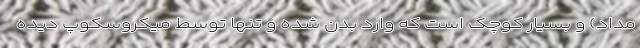
مداد) و بسیار کوچک است که وارد بدن شده و تنها توسط میکروسکوپ دیده